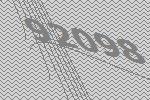
92098